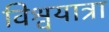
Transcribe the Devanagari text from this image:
विश्वयात्रा